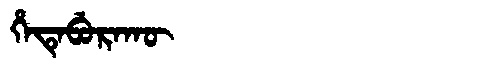
Manchu: ᡥᡝᡨᡝᠪᡠᡵᠠᡴᡡ
Romanization: HETEBURAKŪ